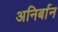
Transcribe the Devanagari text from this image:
अनिर्बान